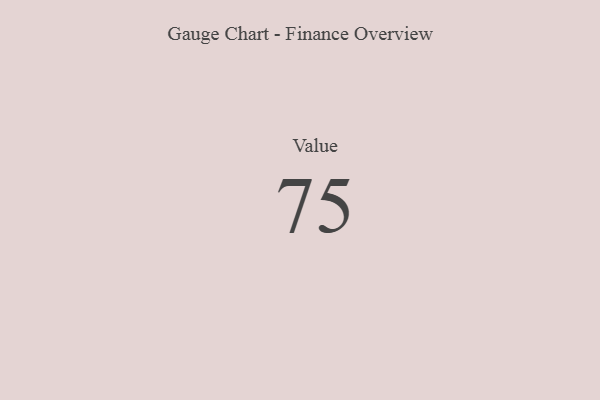
{"axis": {"x": "Metric", "y": "Value"}, "legend": [""], "data": [{"x": "Value", "y": 75, "type": ""}]}